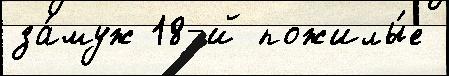
за́муж 18-й пожилы́е